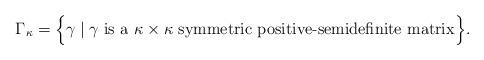
LaTeX: \begin{align*}\Gamma_\kappa = \Bigl\{\gamma \mid \gamma \mbox{ is a $\kappa\times\kappa$ symmetric positive-semidefinite matrix}\Bigr\}. \end{align*}